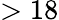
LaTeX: >18